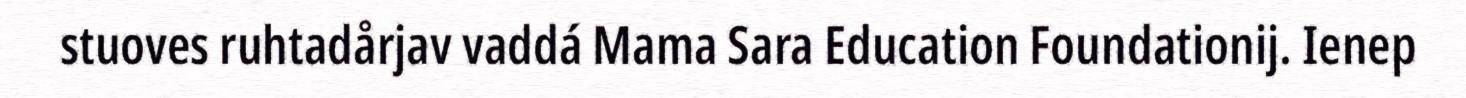
stuoves ruhtadårjav vaddá Mama Sara Education Foundationij. Ienep